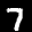
Label: 7